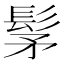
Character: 髳